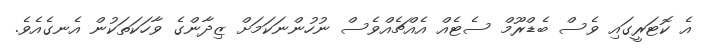
އެ ކޮޓަރީގައި ވެސް ބެޑްރޫމް ސެޓެއް އެއްޗެއްވެސް ނުހުންނަކަމަށް ޒިދާންގެ ވާހަކަތަކުން އެނގެއެވެ.